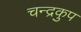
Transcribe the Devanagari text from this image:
चन्द्रकुप